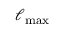
\ell _ { \mathrm { m a x } }